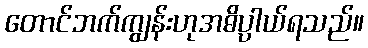
တောင်ဘက်ကျွန်းဟုအဓိပ္ပါယ်ရသည်။